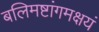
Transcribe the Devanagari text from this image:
बलिमष्टांगमक्षयं